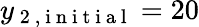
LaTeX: y_{\mathrm{~2~,~i~n~i~t~i~a~l~}}=20